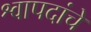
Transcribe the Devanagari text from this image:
श्वापदांचे